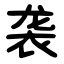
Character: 袭